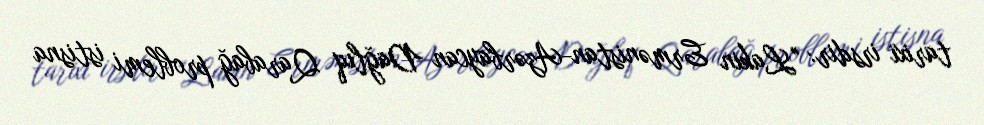
tarixi irsdir: "Lakin Ermənistan-Azərbaycan Dağlıq Qarabağ problemi istisna